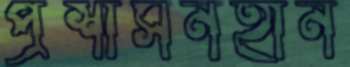
প্রশাসনহীন